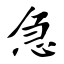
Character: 急